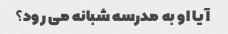
آیا او به مدرسه شبانه می رود؟